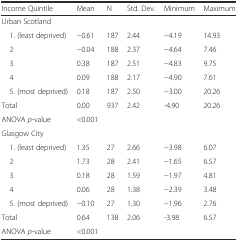
| Income Quintile | Mean | N | Std. Dev. | Minimum | Maximum |
 | --- | --- | --- | --- | --- | --- |
 | Urban Scotland |  |  |  |  |  |
 | 1. (least deprived) | −0.61 | 187 | 2.44 | −4.19 | 14.93 |
 | 2 | −0.04 | 188 | 2.37 | −4.64 | 7.46 |
 | 3 | 0.38 | 187 | 2.51 | −4.83 | 9.75 |
 | 4 | 0.09 | 188 | 2.17 | −4.90 | 7.61 |
 | 5. (most deprived) | 0.18 | 187 | 2.50 | −3.00 | 20.26 |
 | Total | 0.00 | 937 | 2.42 | -4.90 | 20.26 |
 | ANOVA p-value | <0.001 |  |  |  |  |
 | Glasgow City |  |  |  |  |  |
 | 1. (least deprived) | 1.35 | 27 | 2.66 | −3.98 | 6.07 |
 | 2 | 1.73 | 28 | 2.41 | −1.65 | 6.57 |
 | 3 | 0.18 | 28 | 1.59 | −1.97 | 4.81 |
 | 4 | 0.06 | 28 | 1.38 | −2.39 | 3.48 |
 | 5. (most deprived) | −0.10 | 27 | 1.30 | −1.96 | 2.76 |
 | Total | 0.64 | 138 | 2.06 | -3.98 | 6.57 |
 | ANOVA p-value | <0.001 |  |  |  |  |